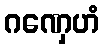
ဂဏှေဟံ